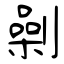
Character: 劋